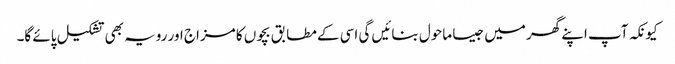
کیونکہ آپ اپنے گھر میں جیسا ماحول بنائیں گی اسی کے مطابق بچوں کا مزاج اور رویہ بھی تشکیل پائے گا۔